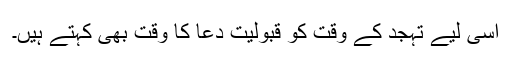
اسی لیے تہجد کے وقت کو قبولیت دعا کا وقت بھی کہتے ہیں۔